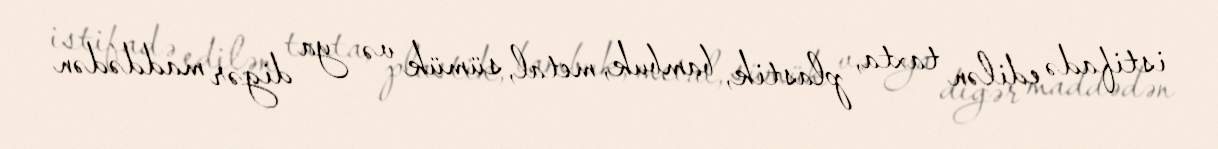
istifadə edilən taxta, plastik, bambuk, metal, sümük və ya digər maddədən